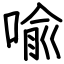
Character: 喩